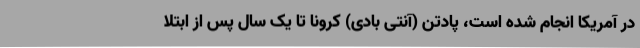
در آمریکا انجام شده است، پادتن (آنتی بادی) کرونا تا یک سال پس از ابتلا